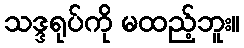
သဒ္ဒရုပ်ကို မထည့်ဘူး။